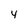
Character: y